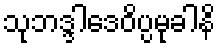
သုဘဒ္ဒါဒေဝိပ္ပမုခါနိ